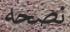
نصحه